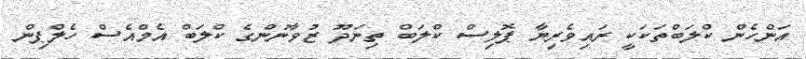
އަންހެން ކްލަބްތަކަކީ ރައިވެރިޔާ ޕޮލިސް ކްލަބް ތިނަދޫ ޒުވާނުންގެ ކްލަބް އެމްއެސް ހެލްޕިން